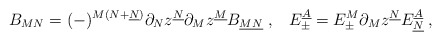
\begin{align*}B_{MN} = (-)^{M (N + \underline{N})} \partial_N z^{\underline{N}}\partial_M z^{\underline{M}} B_{\underline{MN}} \;, \;\;\;E_{\pm}^{\underline{A}} = E_\pm^M\partial_M z^{\underline{N}}E_{\underline{N}}^{\underline{A}}\;,\end{align*}